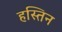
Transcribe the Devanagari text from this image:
हस्तिन